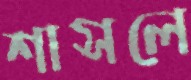
শাসলে